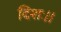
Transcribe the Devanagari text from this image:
दिशः।।